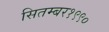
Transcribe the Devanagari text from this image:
सितम्बर१९९०